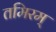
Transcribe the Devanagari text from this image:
तमिरम्